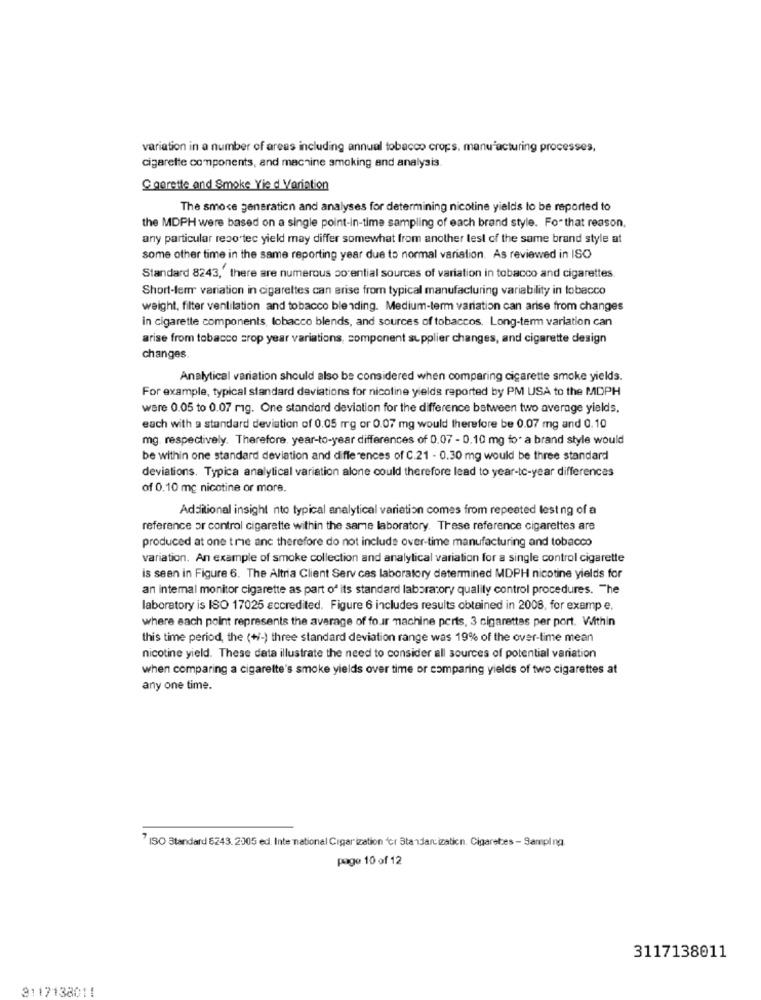
variation in a number of areas including annual tobacco crops. manufacturing processes,
cigarette components, and machine smoking and analysis.
C gorette and Smoke Yie d Variation
The smoce generation and analyses for determining nicoline yields to be reported to
the MDPH were based on a single point-in-time sampling of each brand style. For that reason,
any particular reso tec yield may differ somewhat from another lest of the same brand style at
some other time in the same reporting year due to normal variation. As reviewed in ISO
Standard 8243,' there are numerous so ential sources of variation in tobacco and cigarettes.
Short-lerrr variation in cigarettes can arise from typical manufacturing variability in tobacco
weight, filter ventilation and tobacco blending. Medium-term variation can arise from changes
in cigarette components, lobacco blends, and sources of tobaccos. Long-term variation can
arise from tobacco crop year variations, component supplier changes, and cigarette design
changes
Analytical variation should also be considered when comparing cigarette smoke yields.
For example, typical standard deviations for nicoline yields reported by PM USA to the MDPH
ware 0.05 to 0.07 mig. One standard deviation for the difference between two average yields,
each with a standard deviation of 0.05 mg or 0.07 mg would therefore be 0.07 mg and 0.10
mg. respectively. Therefore, year-to-year differences of 0.07 - 0.10 mg for a brand style would
be within one standard deviation and differences of C.21 - 0.30 mg would be three standard
deviations. Typica analytical variation alone could therefore lead to year-to-year differences
of 0.10 mg nicotine or more.
Additional insight nto typical analytical variation comes from repeated lest ng of a
reference or control cigarette within the same laboratory. These reference cigarettes are
produced at one trie anc therefore do not include over-time manufacturing and tobacco
variation. An example of smoke collection and analytical variation for a single control cigarette
is seen in Figure 6. The Altria Client Serv ces laboratory determined MDPH nicotine yields for
an internal monitor cigarette as part of its standard laboratory quality control procedures. The
laboratory is ISO 17025 accredited. Figure 6 includes results obtained in 2008, for examp e.
where each point represents the average of four machine perts, 3 cigarettes per port. Within
this time period, the (+/-) three standard deviation range was 19% of the over-time mean
nicotine yield. These data illustrate the need to consider all sources of potential variation
when comparing a cigarette's smoke yields over time or comparing yields of two cigarettes at
any one time.
7 ISO Standard 6243. 2005 ed. Inte national Cigarization "or Standardization. Cigarettes - Sampling.
page 10 of 12
3117138011
3117138011